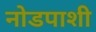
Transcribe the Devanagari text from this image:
नोडपाशी